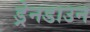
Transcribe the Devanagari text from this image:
ड्रेनडाउन